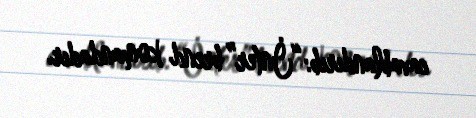
cavablandırıb:“İnter” brend komandadır.